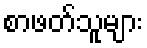
စာဖတ်သူများ